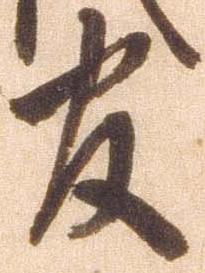
官